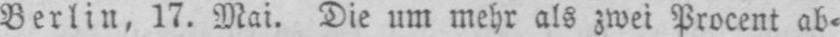
Berlin, 17. Mai. Die um mehr als zwei Procent ab⸗